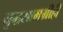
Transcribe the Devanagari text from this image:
युद्धसामग्रीही